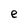
Character: e